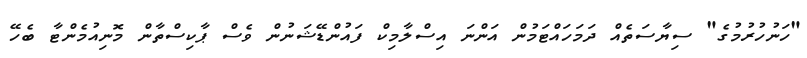
"ހަނުހުރުމުގެ" ސިޔާސަތެއް ދަމަހައްޓަމުން އަންނަ އިސްލާމިކް ފައުންޑޭޝަނުން ވެސް ޕާކިސްތާން މޮނިއުމެންޓާ ބެހޭ